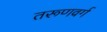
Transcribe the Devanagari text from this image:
तरूणवर्ग